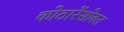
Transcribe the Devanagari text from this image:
कोठारेंसोबत